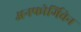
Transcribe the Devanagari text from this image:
अनफोर्गिवेन